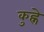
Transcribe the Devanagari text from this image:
कुह्ने